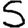
Digit: 5